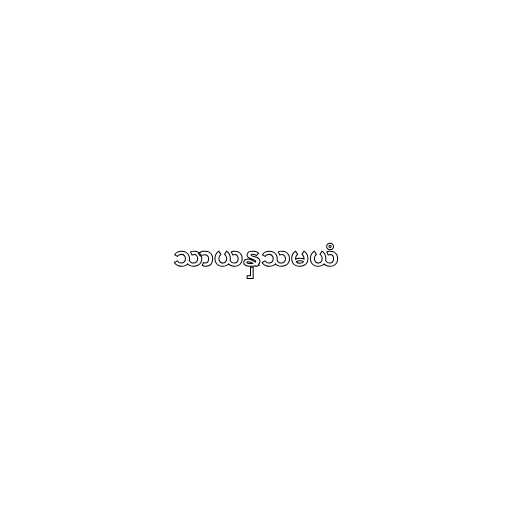
သာယနှသမယံ